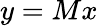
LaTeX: y=Mx